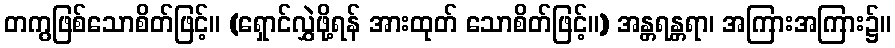
တကွဖြစ်သောစိတ်ဖြင့်။ (ရှောင်လွှဲဖို့ရန် အားထုတ် သောစိတ်ဖြင့်။) အန္တရန္တရာ၊ အကြားအကြား၌။